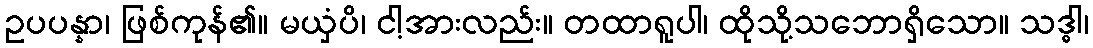
ဥပပန္နာ၊ ဖြစ်ကုန်၏။ မယှံပိ၊ ငါ့အားလည်း။ တထာရူပါ၊ ထိုသို့သဘောရှိသော။ သဒ္ဓါ၊